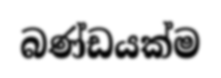
බණ්ඩයක්ම